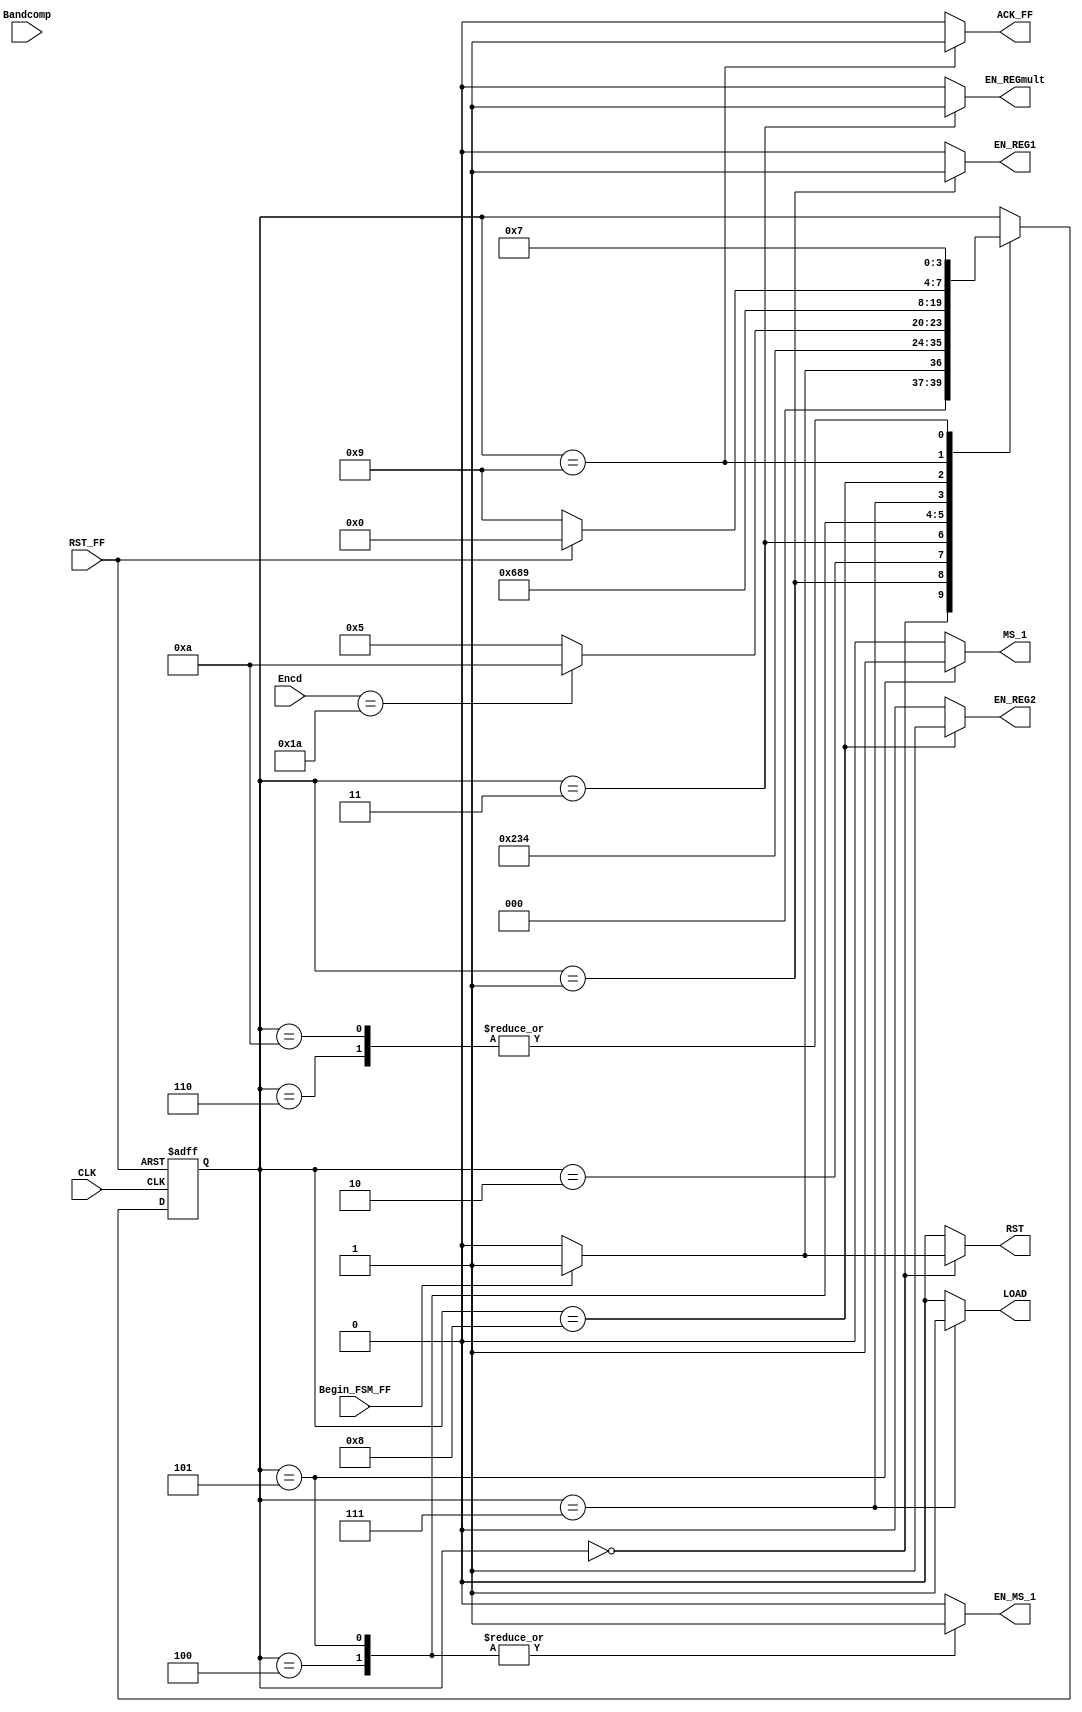
`timescale 1ns / 1ps
//////////////////////////////////////////////////////////////////////////////////
// Company: 
// Engineer: 
// 
// Design Name: 
// Module Name: FSM_Convert_Fixed_To_Float
// Project Name: 
// Target Devices: 
// Tool Versions: 
// Description: 
// 
// Dependencies: 
// 
// Revision:
// Revision 0.01 - File Created
// Additional Comments:
// 
//////////////////////////////////////////////////////////////////////////////////


module FSM_Convert_Fixed_To_Float(
		//INPUTS
		input wire CLK,           //system clock
		input wire RST_FF,        //system reset 
		input wire Bandcomp,      //INDICA SI EL VALOR DEL EXPONENTE ES MAYOR QUE 26 
		input wire Begin_FSM_FF,  //inicia la maquina de estados 
		input wire [7:0] Encd,    //CONTIENE EL VALOR DEL PRIMER 1 EN LA SECUENCIA BINARIA DEL NUMERO PUNTO FIJO 
		// OUTPUTS		
        output reg EN_REG1,       //ENABLE PARA EL REGISTRO QUE GUARDA EL NUMERO EN PUNTO FIJO
        output reg EN_REGmult,    //ENABLE PARA EL REGISTRO MULT QUE GUARDA EL VALOR A TRUNCAR 
        output reg LOAD,          //SELECCION PARA EL REGISTRO DE DESPLAZAMIENTOS 
        output reg MS_1,          //SELECCION DEL MUX 1 (VALOR INICIAL DE LA POSICION DEL 1 , VALOR DE DESPLAZAMIENTOS 1)
        output reg ACK_FF,        //INDICA QUE LA CONVERSION FUE REALIZADA
        output reg EN_MS_1,
        output reg EN_REG2,
        output reg RST

	 );

parameter [3:0] 
    //se definen los estados que se utilizaran en la maquina
		a = 4'b0000,
		b = 4'b0001,
	    c = 4'b0010,
	    d = 4'b0011,
	    e = 4'b0100,
	    f = 4'b0101,
		g = 4'b0110,
		h = 4'b0111,
		i = 4'b1000,
		j = 4'b1001,
		k = 4'b1010;
					
    reg [3:0] state_reg, state_next ; //state registers declaration

////
    always @(posedge CLK, posedge RST_FF)
	   if (RST_FF)
	      begin
		  state_reg <= a;	
	      end
	   else 
	      begin
		  state_reg <= state_next;
	   end

//assign State = state_reg;
///	
always @*
    begin
	state_next = state_reg;
	
	EN_REG1 = 1'b0;
	EN_REGmult = 1'b0;
	EN_REG2 = 1'b0;
    ACK_FF = 1'b0;
    EN_MS_1 = 1'b0;
    MS_1 = 1'b0;
    LOAD = 1'b0;
    RST = 1'b0;
    
	case(state_reg)
	    a: 
        begin
                
            if(Begin_FSM_FF) 
                begin
                RST = 1'b1;
                ACK_FF = 1'b0;    
                state_next = b;
                end
            else  
                state_next = a;
           
        end
            
		b: 
		begin
		    EN_REG1 = 1'b1;    
	        state_next = c;
		end
		
		c:
		begin
		    state_next = d;
		end
		
		d: 
        begin
            EN_REGmult = 1'b1;    
            state_next = e;
        end
		
		e:
		begin
			EN_MS_1 = 1'b1;
			if(Encd == 8'b00011010)
                state_next = k;
            else
            state_next = f;
		end
		
		f:
        begin
            EN_MS_1 = 1'b1;
            MS_1 = 1'b1;
            state_next = g;
        end
        
        g:
        begin
            state_next = h;
        end     
           		
		h:
		begin
		    LOAD = 1'b1;
		    state_next = i;
        end
	
	    i:
        begin
            EN_REG2 = 1'b1;
            state_next = j;
        end
            
		j:
		begin			
			ACK_FF = 1'b1;
			if(RST_FF)
                 state_next = a;
            else
                state_next = j;
		end
		
		k:
        begin
            state_next = h;
        end
                
	endcase
    end

endmodule